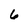
Character: 6